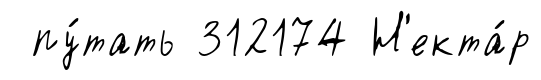
пу́тать 312174 Н'екта́р